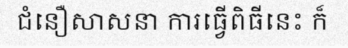
ជំនឿសាសនា ការធ្វើពិធីនេះ ក៏